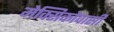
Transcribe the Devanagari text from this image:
मेक्सिकोवासी